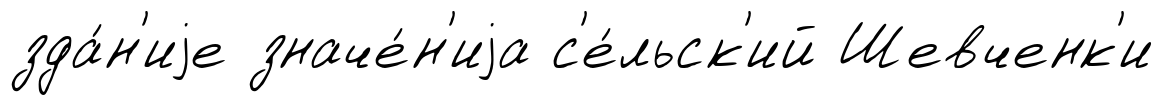
зда́н'иjе значе́н'иjа с'е́льск'ий Шевченк'и